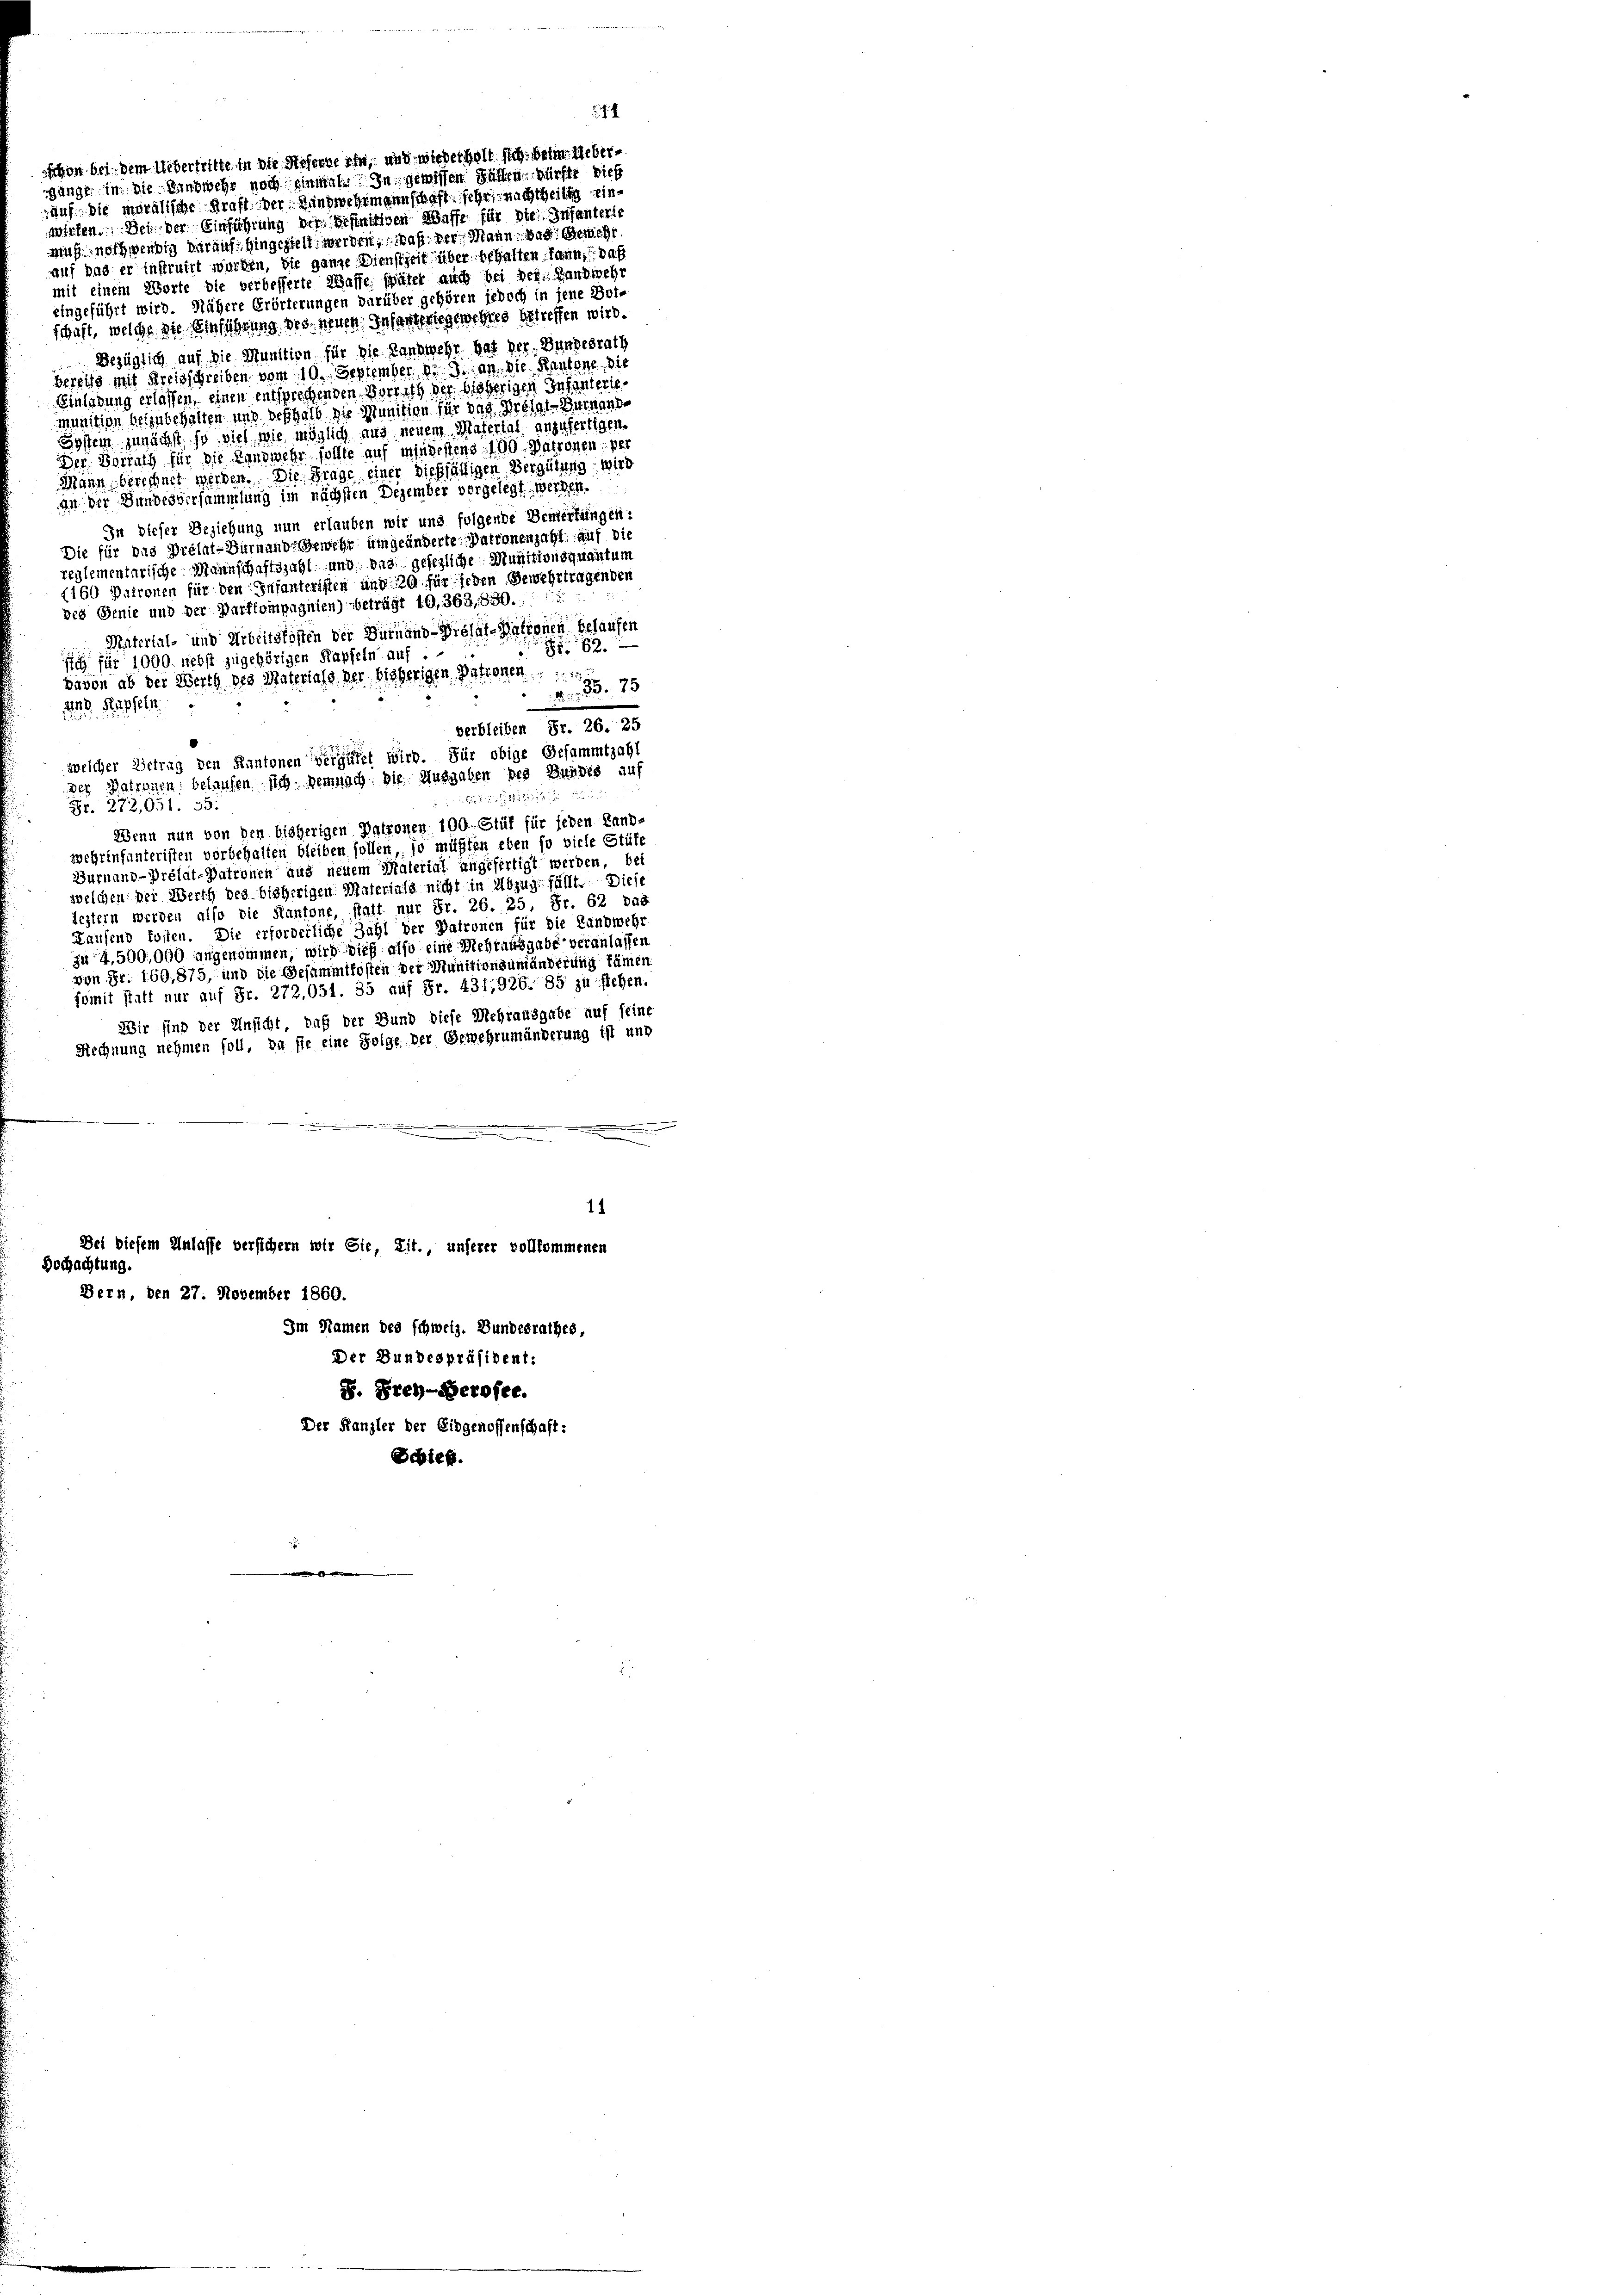
auf. Die moralische Kraft. Der Rindwehrmannschaft sehr, nachtheilig einwirken. Bei der Einführung der befinitiven Wasse für die Infanteris
auch noch wendig darauf hingestelt werden, daß der Mann, das Gewehr
auf das er instruirt wurden, die ganze Dienstzeit über behalten kann, daß
mit einem Worte die verbesserte Wasse später auch bei der Landwehr
eingeführt wird. Nähere Erörterungen darüber gehören jedoch in jene Bot-
schaft, welche die Einführung des neuen Infanteriegewehres betreffen wird.
Bezüglich auf die Munition für die Kanzwehr hat der Bundesrath
berzug mit Kreisschreiben vom 10. September d. 9. an die Kantone die
Einladung erlassen, einen entsprechenden Vorrath der bisherigen Infanterie,
munition beizubehalten und deshalb die Munition für das Prohal-Dürnande
System zunächst so viel, wie möglich aus neuem Material anzufertigen.
Der Vorrath für die Landwehr sollte auf mindestens 190. Matronen, per
Mann berechnet werden. Die Frage einer dießfältigen Vergütung wird
au der Bundesversammlung im nächsten Dezember vorgelegt werden.
In dieser Beziehung nun erlauben wir und folgende Bemerkungen:
Die für das Prélat-Dürnande Gewehr umgeänderte Patronenzahl auf die
reglementarische Mannschaftszahl und das gefegliche Munitionsquantum
(160 Patronen für den Infanteristen und 20 für jeden Gewehrtragenden
des Genie und der Darfkompagnien) beträgt 10,363, 630.
Material- und Arbeitskosten der Dürnand - Wiesaf-Nationen belaufen
62
sich für 1000. nebst zugehörigen Kapfeln auf
davon ab der Werth des Materiale, der bisherigen Patronen
 35. 75
448. Rapseln
verbleiben Fr. 26. 25
welcher Betrag den Kantonen vergütet wird. Für obige Gesammtzahl
der Patronen, belaufen sich demnach die Ausgaben des Bundes auf

Fr. 272,051. 35:
Wenn nun von den bisherigen Patronen 100 Stül für jeden Land-
wehrinfunteristen vorbehalten bleiben sollen, so müßten eben so viele Stüfe
Durnand-Prélat-Patronen aus neuem Material angefertigt werden, bei
welchen der Werth des bisherigen Materiale nicht in Abzug fällt. Diese
lestern werden also die Kantone, statt nur Fr. 26. 25, Fr. 62 das
Kausend fossen. Die erforderliche Zahl der Patronen für die Landwehr
zu 4,500,000 angenommen, wird dies also eine Mehrausgabe veranlassen
von Fr. 160, 875, und die Gesammtkosten der Munitionsumänderung kämen
somit statt nur auf Fr. 272,051. 35 auf Fr. 431,926. 85 zu stehen.
Wir sind der Unsicht, daß der Bund diese Mehrausgabe auf seine
Rechnung nehmen soll, da sie eine Folge der Gewehrnmänderung ist und
.
.
.
11
Dei diesem Anlasse versichern wir Sie, Lit., unserer vollkommenen
Hochachtung.
Bern, den 27. November 1860.
Im Namen des schweiz. Bundesrathes,
Der Bundespräsident:
S. Frey-Derosee.
Der Kanzler der Eidgenossenschaft:
Scbief.

schon bei dem Uebertritte in die Hofernerin, und wiederholt sich beim Uebergange in die Handwehr noch einmal. In gewissen Fällen dürfte dies